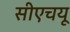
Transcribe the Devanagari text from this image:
सीएचयू